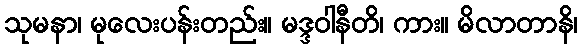
သုမနာ၊ မုလေးပန်းတည်း။ မဒ္ဒဝါနီတိ၊ ကား။ မိလာတာနိ၊